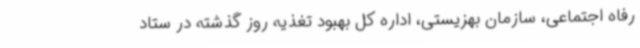
رفاه اجتماعی، سازمان بهزیستی، اداره کل بهبود تغذیه روز گذشته در ستاد